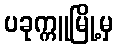
ပခုက္ကူမြို့မှ